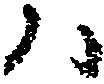
ハ